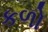
કળો